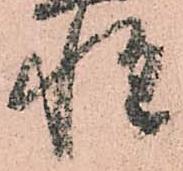
惶